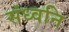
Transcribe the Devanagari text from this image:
संध्वनि